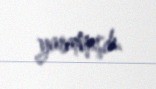
yaratmışdı.